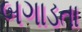
બગાડતા